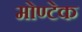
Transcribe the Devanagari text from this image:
मोण्टेक